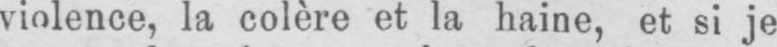
violence, la colère et la haine, et si je